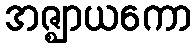
အဇ္ဈာယကော